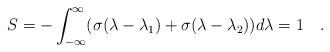
LaTeX: \begin{align*}S=-\int_{-\infty}^{\infty}(\sigma(\lambda -\lambda_1)+\sigma(\lambda -\lambda_2))d\lambda=1\quad .\end{align*}